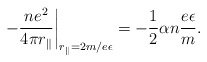
\begin{align*}\left.-\frac{ne^2}{4\pi r_\Vert}\right\vert_{r_\Vert=2m/e\epsilon}=-\frac12\alpha n\frac{e\epsilon}{m}.\end{align*}